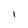
Character: 1